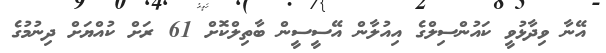
އޭނާ ވިދާޅުވީ ކައުންސިލްގެ އިއުލާން އޭސީސީން ބާތިލްކޮށް 61 ރަށް ކުއްޔަށް ދިނުމުގެ